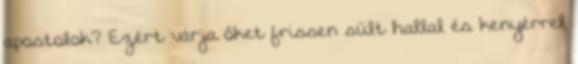
apostolok? Ezért várja őket frissen sült hallal és kenyérrel